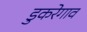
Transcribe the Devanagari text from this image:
डुकरेगाव